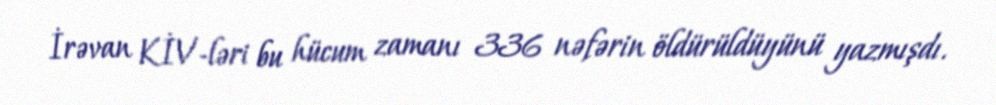
İrəvan KİV-ləri bu hücum zamanı 336 nəfərin öldürüldüyünü yazmışdı.